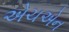
એચએન